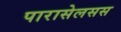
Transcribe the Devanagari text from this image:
पारासेलसस